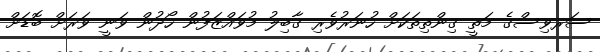
ސަރވިސްގެ މަތީ ގިންތިތަކަށް ހުނަރުވެރި ގާބިލު މުވައްޒަފުން ހޯދުން ވަނީ ވަރަށް ބޮޑަށް